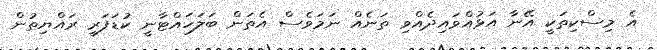
އެ މިސްކިތަކީ އޭނާ އަޅުއްވައިދެއްވި ތަނެއް ނަމަވެސް އެތަން ބަލަހައްޓާނީ ކުޑަފަރީ ރައްޔިތުން